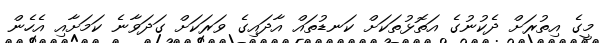
މީގެ އިތުރަށް ދެކުނުގެ އަތޮޅުތަކަށް ކަނޑުތައް އާދައިގެ ވަރަކަށް ގަދަވާނެ ކަމަށާއި އެހެން